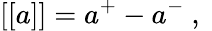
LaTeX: [[a]]=a^{+}-a^{-}\mathrm{~,~}